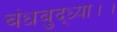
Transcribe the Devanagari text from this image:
बंधबुद्ध्या।।